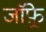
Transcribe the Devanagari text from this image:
जाॅफ़्रे